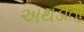
અથડાતો